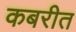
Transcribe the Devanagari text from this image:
कबरीत